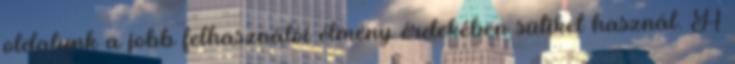
oldalunk a jobb felhasználói élmény érdekében sütiket használ. A